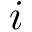
i